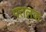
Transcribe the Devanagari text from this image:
पत्तलक